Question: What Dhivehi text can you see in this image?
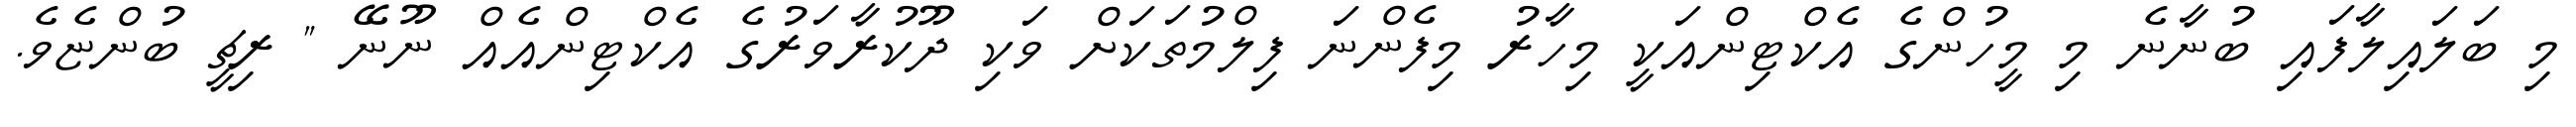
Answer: މި ބަލައިލާފައި ބުނާނެ މި މީހުންގެ އެކްޓިންއަކީ މިހާރު މިފެންނަ ފިލްމުތަކަށް ވަކި ދޫކުރާވަރުގެ އެކްޓިންއެއް ނޫނޭ " ރިޗީ ބުންޏެވެ.